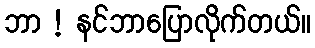
ဘာ ! နင်ဘာပြောလိုက်တယ်။